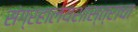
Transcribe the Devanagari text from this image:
संग्रहालयशास्त्राचा